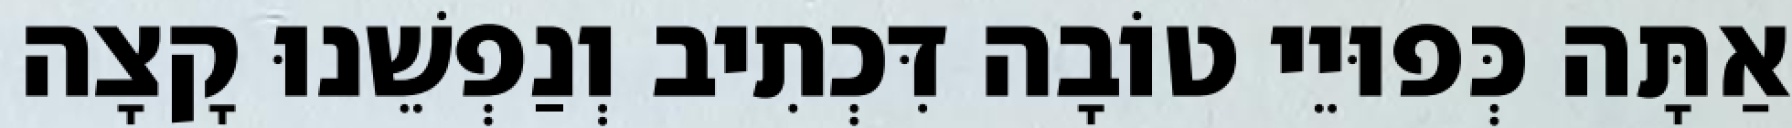
אַתָּה כְּפוּיֵי טוֹבָה דִּכְתִיב וְנַפְשֵׁנוּ קָצָה